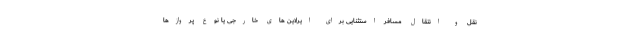
نقل و انتقال مسافر استثنایی برای ایرلاین های خارجی یا نوع پروازها